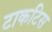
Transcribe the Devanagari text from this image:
टाकटिस